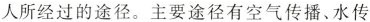
人所经过的途径。主要途径有空气传播、水传